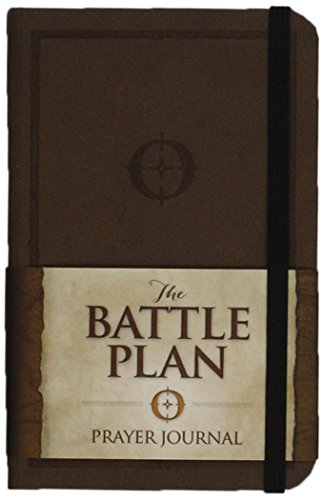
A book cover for The Battle Plan Prayer Journal; Stephen Kendrick; Christian Books & Bibles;